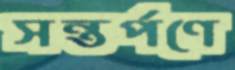
সন্তর্পণে